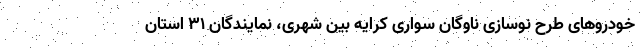
خودروهای طرح نوسازی ناوگان سواری کرایه بین شهری، نمایندگان ۳۱ استان